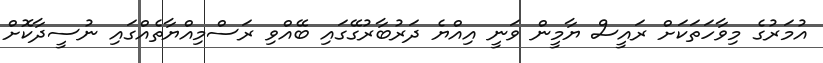
އުމަރުގެ މިވާހަތަކަށް ރައީސް ޔާމީން ވަނީ އިއްޔެ ދަރުބާރުގޭގައި ބޭއްވި ރަސްމިއްޔާތެއްގައި ނުސީދާކޮށް